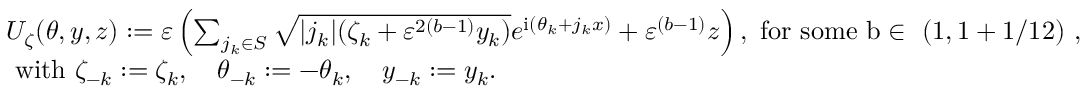
\begin{array} { r l } & { U _ { \zeta } ( \theta , y , z ) : = \varepsilon \left( \sum _ { j _ { k } \in S } \sqrt { | j _ { k } | ( \zeta _ { k } + \varepsilon ^ { 2 ( b - 1 ) } y _ { k } ) } e ^ { \mathrm { i } ( \theta _ { k } + j _ { k } x ) } + \varepsilon ^ { ( b - 1 ) } z \right) , \mathrm { ~ f o r ~ s o m e ~ b \in ~ ( 1 , 1 + 1 / 1 2 ) ~ } , } \\ & { \mathrm { ~ w i t h ~ } \zeta _ { - k } : = \zeta _ { k } , \quad \theta _ { - k } : = - \theta _ { k } , \quad y _ { - k } : = y _ { k } . } \end{array}